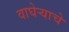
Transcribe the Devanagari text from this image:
वाघेऱ्याचे